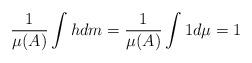
LaTeX: \begin{align*}\frac{1}{\mu(A)}\int hdm=\frac{1}{\mu(A)}\int 1d\mu=1\end{align*}